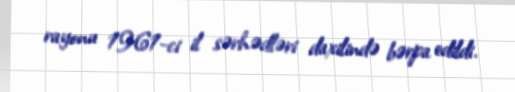
rayonu 1961-ci il sərhədləri daxilində bərpa edildi.